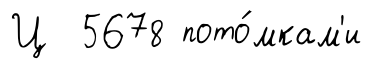
Ц 5678 пото́мкам'и